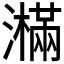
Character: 𤂉